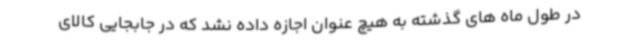
در طول ماه های گذشته به هیچ عنوان اجازه داده نشد که در جابجایی کالای